Annual statistical returns and brief notes on vaccination in Bengal - 1887-1898
Year: 1887
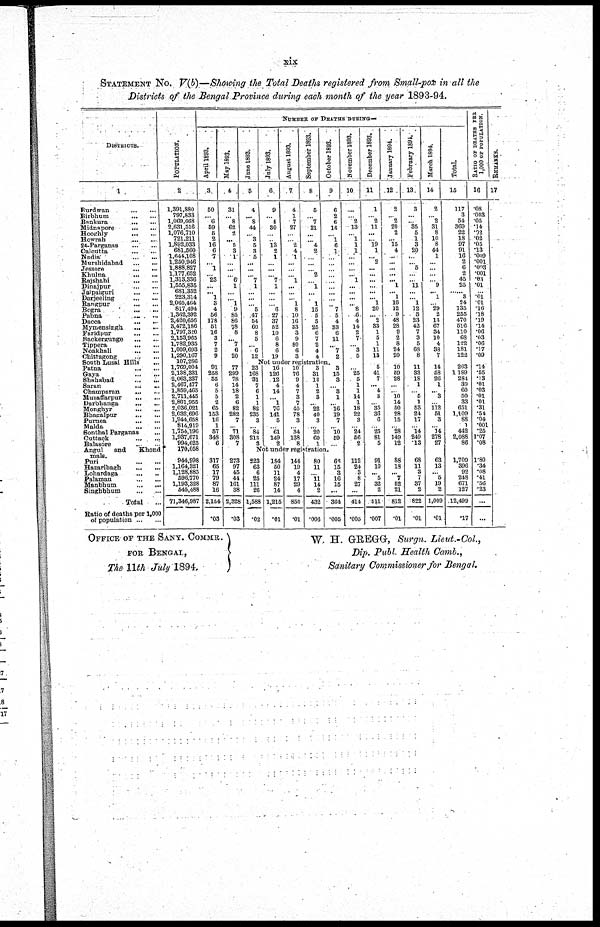
xix
STATEMENT No. V(b)—Showing the Total Deaths registered from Small-pox in all the
Districts of the Bengal Province during each month of the year 1893-94.
DISTRICTS.
1
Burdwan
...
...
Birbhum
...
...
Bankura
...
...
Midnapore
...
...
Hooghly
...
...
Howrah
...
...
24-Parganas
...
...
Calcutta
...
...
Nadia
...
...
Murshidabad
...
...
Jessore
...
...
Khulna
...
...
Rajshahi
...
...
Dinajpur
...
...
Jaipaiguri
...
...
Darjeeling
...
...
Rangpur
...
...
Bogra
...
...
Pabna ... ...
Dacca
...
...
Mymensingh
...
...
Faridpur
...
...
Backergunge
...
...
Tippera
...
...
Noakhali
...
...
Chittagong
...
...
South Lusai Hills
...
Patna ... ...
Gaya
...
...
Shahabad
...
...
Saran
...
...
Champaran
...
...
Muzafiarpur
...
...
Darbhanga ... ...
Monghyr
...
...
Bhagalpur ... ...
Purnea
...
...
Malda
...
...
Sonthal Parganas ...
Cuttack
...
...
Balasore
...
...
Angul
and
Khond
mals.
Pari
...
...
Hazaribagh
...
...
Lohardaga
...
...
Palaman
...
...
Manbhum
...
...
Singhbhum
...
...
Total ...
Ratio of deaths per 1,000
of population
...
...
POPULATION.
2
1,391,880
797,833
1,069,668
2,631,516
1,076,710
721,211
1,892,033
681,560
1,644,108
1,250,946
1,888,827
1,177,652
1,313,336
1,555,835
681,352
223,314
2,065,464
817,494
1,362,392
2,420,656
3,472,186
1,797,320
2,153,965
1,782,935
1,009,693
1,290,167
107,286
1,769,004
2,138,331
2,063,337
2,467,477
1,859,465
2,711,445
2,801,955
2,036,021
2,032,696
1,944,658
814,919
1,754,196
1,937,671
994,625
170,058
944,998
1,164,321
1,128,885
596,770
1,193,328
545,488
71,346,987
NUMBER OF DEATHS DURING—
April 1893.
3
50
... 6
59
5
2
16
6
7
... 1
... 23
...
... 1
3
4
56
178
51
16
3
7
2
9
May 1893.
4
31
...
8
62
2
...
5
3
1
...
...
...
6
1
...
...
1
9
85
86
78
8
...
7
6
20
Jane 1893.
5
4
...
8
44
...
3
5
3
5
...
...
...
7
1
...
...
...
5
47
54
60
8
5
...
6
12
July 1893.
6
9
...
...
30
...
...
13
2
1
...
...
...
7
1
...
...
...
6
27
37
52
10
6
8
6
19
August 1893.
7
4
1
7
27
...
...
2
4
1
...
...
...
1
...
...
1
8
10
16
33
3
9
80
6
3
September 1893.
8
5
...
7
21
...
...
4
2
...
...
...
2
...
1
...
...
1
15
5
5
25
6
7
2
4
4
October 1893.
9
6
2
6
16
...
1
6
1
...
...
...
...
...
...
...
...
...
7
5
4
33
6
11
...
7
2
November 1893.
10
...
...
2
13
...
1
1
1
...
...
...
...
1
...
...
...
...
8
6
4
14
2
7
...
3
5
December 1893.
11
1
...
2
11
...
... 19
1
... 2
...
...
...
...
...
...
1
20
... 2
33
1
5
1
11
13
January 1894.
12
2
...
2
20
2
... 15
4
...
...
...
...
... 1
... 1
16
12
9
48
28
9
2
8
24
20
February 1894.
13
3
...
... 35
5
1
3
20
...
...
5
...
...
11
...
... 1
12
3
23
42
7
3
5
68
8
March 1894.
14
2
...
2
31
8
10
8
44
1
...
...
...
...
9
... 1
...
29
2
13
67
34
10
4
88
7
Total.
15
117
3
54
369
22
18
97
91
16
2
6
2
45
25
......
3
24
135
255
470
516
110
68
122
181
122
RATIO OF DEATHS PER
1,000 OF POPULATION.
16
.08
.003
.05
.14
.02
.02
.05
.13
.009
.001
.003
.001
.03
.01
......
.01
.01
.16
.18
.19
.14
.06
.03
.06
.17
.09
Not under registration.
91
258
55
6
5
5
2
65
153
16
1
57
348
6
77
299
78
14
18
2
6
82
282
7
...
71
308
7
23
168
31
7
6
1
1
82
235
3
...
84
213
3
16
126
12
4
14
...
1
76
141
5
...
61
149
2
10
76
9
4
7
3
7
40
78
3
...
34
138
8
3
31
12
1
2
3
...
22
40
3
...
20
60
1
3
15
3
...
3 1
...
16
19
7
...
10
59
...
... 25
5
1
1
14
1
18
22
3
...
24
56
2
5
41
7
... 4
3
...
35
36
6
...
25
81
5
10
59
28
...
... 10
14
50
28
15
...
28
149
12
11
33
18
1
...
5
1
53
24
17
...
l4
249
13
14
58
26
1
...
3
...
112
51
3
...
14
278
27
203
1,189
284
39
60
50
33
651
1,109
88
1
442
2,088
86
.14
.55
.13
.01
.03
.01
.01
.31
.54
.04
.001
.25
1.07
.08
Not under registration.
317
65
17
79
87
16
2,154
.03
273
97
45
44
161
38
2,328
.03
223
63
6
25
111
26
1,588
.02
184
50
11
24
87
14
1,215
.01
144
19
4
17
29
4
850
.01
80
11
...
11
14
2
432
.006
66
15
8
16
15
...
364
.005
112
24
3
8
27
...
414
.005
91
10
...
5
32
2
511
.007
88
18
... 7
52
21
812
.01
68
11
3
7
37
2
822
.01
63
13
... 5
19
2
1,009
.01
1,709
396
92
248
671
127
12,499
.17
1.80
.34
.08
.41
.56
.23
...
...
REMARKS.
17
OFFICE OF THE SANY. COMMR.
FOR BENGAL,
The 11th July 1894.
W. H. GREGG, Surgn. Lieut.-Col,
Dip. Publ. Health Camb.,
Sanitary Commissioner for Bengal.